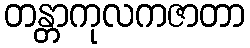
တန္တာကုလကဇာတာ